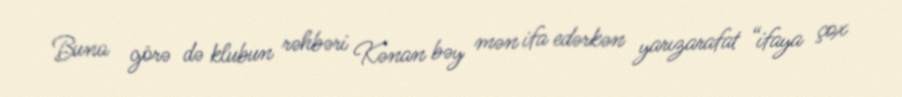
Buna görə də klubun rəhbəri Kənan bəy mən ifa edərkən yarızarafat “ifaya çox